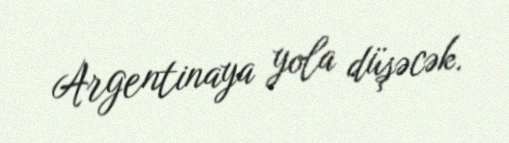
Argentinaya yola düşəcək.